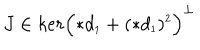
J \in k e r \Bigl ( \ast d _ { \scriptscriptstyle 1 } + ( \ast d _ { \scriptscriptstyle 1 } ) ^ { \scriptscriptstyle 2 } \Bigr ) ^ { \perp }